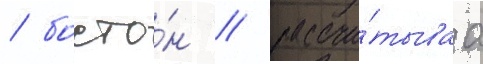
/ босто́н / рассчи́тываа